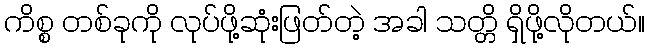
ကိစ္စ တစ်ခုကို လုပ်ဖို့ဆုံးဖြတ်တဲ့ အခါ သတ္တိ ရှိဖို့လိုတယ်။